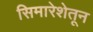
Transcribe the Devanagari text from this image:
सिमारेशेतून